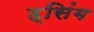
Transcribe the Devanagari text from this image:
ह्सिंग